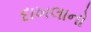
દાખલાનો